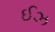
ઈઝ